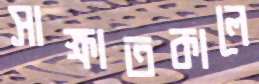
সাক্ষাতকালে